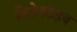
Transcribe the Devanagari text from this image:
डिटेक्टइव